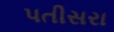
પતીસરા